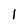
Character: 1